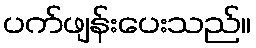
ပက်ဖျန်းပေးသည်။